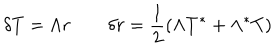
\delta T = \Lambda r \qquad \delta r = { \frac { 1 } { 2 } } ( \Lambda T ^ { * } + \Lambda ^ { * } T )